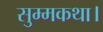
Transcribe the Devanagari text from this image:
सुम्मकथा।